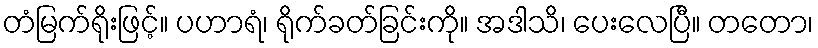
တံမြက်ရိုးဖြင့်။ ပဟာရံ၊ ရိုက်ခတ်ခြင်းကို။ အဒါသိ၊ ပေးလေပြီ။ တတော၊